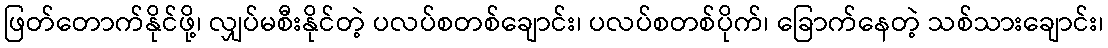
ဖြတ်တောက်နိုင်ဖို့၊ လျှပ်မစီးနိုင်တဲ့ ပလပ်စတစ်ချောင်း၊ ပလပ်စတစ်ပိုက်၊ ခြောက်နေတဲ့ သစ်သားချောင်း၊